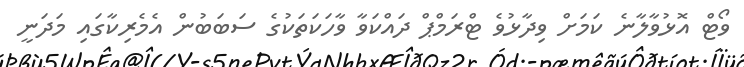
ވޯޓް އޮޅުވާލާނެ ކަމަށް ވިދާޅުވެ ޓްރަމްޕް ދައްކަވާ ވާހަކަތަކުގެ ސަބަބުން އެމެރިކާގައި މަދަނީ